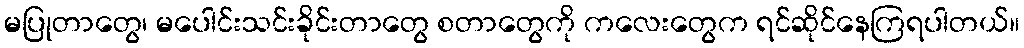
မပြုတာတွေ၊ မပေါင်းသင်းခိုင်းတာတွေ စတာတွေကို ကလေးတွေက ရင်ဆိုင်နေကြရပါတယ်။